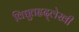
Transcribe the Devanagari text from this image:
विद्युतहृद्‌लेखी